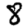
Digit: 8